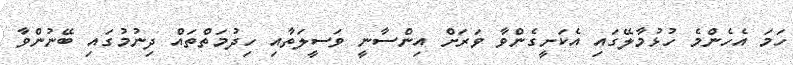
ހަމަ އެހެންމެ ހުޅުމާލޭގައި އެކަށީގެންވާ ވަރަށް އިންސާނީ ވަސީލަތާއި ހިދުމަތްތައް ދިނުމުގައި ބޭނުންވާ